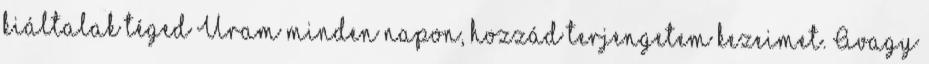
kiáltalak téged Uram minden napon, hozzád terjengetem kezeimet. Avagy